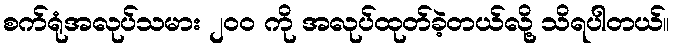
စက်ရုံအလုပ်သမား ၂၀၀ ကို အလုပ်ထုတ်ခဲ့တယ်လို့ သိရပါတယ်။